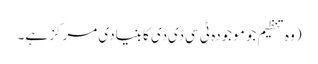
(وہ تنظیم جو موجودہ ٹی سی ڈی ڈی کا بنیادی مرکز ہے۔